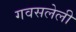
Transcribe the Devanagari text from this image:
गवसलेली